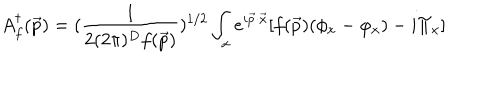
A _ { f } ^ { \dagger } ( \vec { p } ) = ( { \frac { 1 } { 2 ( 2 \pi ) ^ { D } f ( \vec { p } ) } } ) ^ { 1 / 2 } \int _ { x } e ^ { i \vec { p } \cdot \vec { x } } [ f ( \vec { p } ) ( \phi _ { x } - \varphi _ { x } ) - i \Pi _ { x } ]